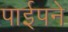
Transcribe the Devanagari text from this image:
पाईपने